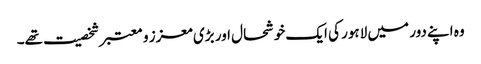
وہ اپنے دور میں لاہور کی ایک خوشحال اور بڑی معزز و معتبر شخصیت تھے۔